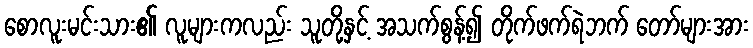
စောလူးမင်းသား၏ လူများကလည်း သူတို့နှင့် အသက်စွန့်၍ တိုက်ဖက်ရဲဘက် တော်များအား